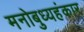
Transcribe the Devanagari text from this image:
मनोबुध्यहंकार